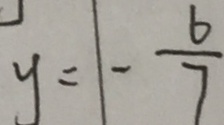
y = \vert - \frac { 6 } { 7 }